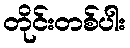
တိုင်းတစ်ပါး